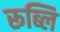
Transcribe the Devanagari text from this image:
रूब्लि